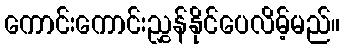
ကောင်းကောင်းညွှန်နိုင်ပေလိမ့်မည်။